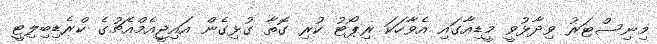
މިނިސްޓަރު ވިދާޅުވީ މީޑިއާގައި އެވާހަކަ ރިޕޯޓު ކުރި ގޮތާ ގުޅިގެން އައިޖީއެމްއެޗުގެ ކްރެޑިބިލިޓީ